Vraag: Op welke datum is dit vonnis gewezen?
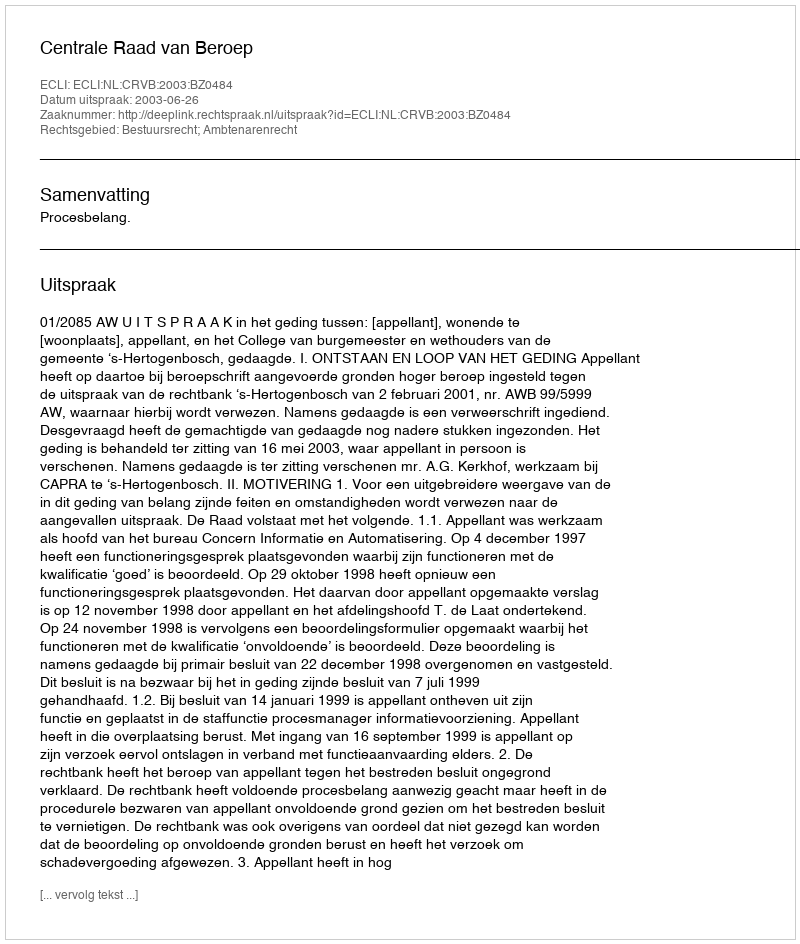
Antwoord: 2003-06-26